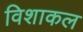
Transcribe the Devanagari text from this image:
विशाकल